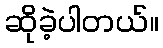
ဆိုခဲ့ပါတယ်။